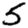
Digit: 5